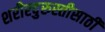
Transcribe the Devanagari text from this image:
शरीरदुरुस्तीसाठी